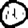
Digit: 0